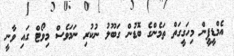
އެމްޑީޕީން މިހަގީގަތް ތަމެންގެ ބޮޑުން ގަބޫލު ނުކުރި ނަމަވެސް މިވޯޓް ގައި ވާނީ